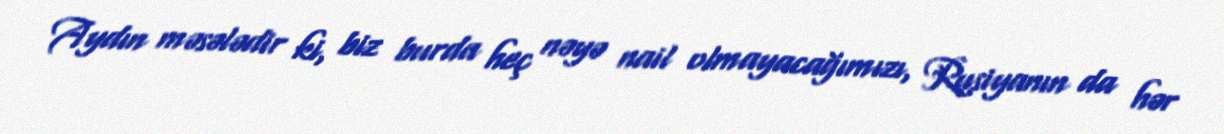
Aydın məsələdir ki, biz burda heç nəyə nail olmayacağımızı, Rusiyanın da hər